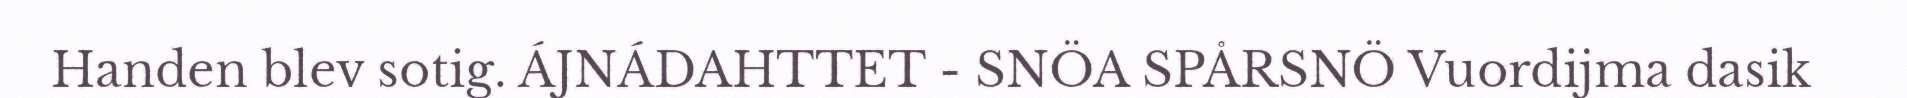
Handen blev sotig. ÁJNÁDAHTTET - SNÖA SPÅRSNÖ Vuordijma dasik